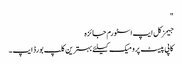
"
جیمز کل ایپ اسٹورم جائزہ
کاپی پیسٹ پرو میک کیلئے بہترین کلپ بورڈ ایپ۔